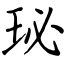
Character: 珌